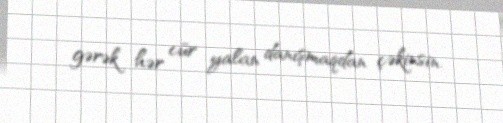
gərək hər cür yalan danışmaqdan çəkinsin.